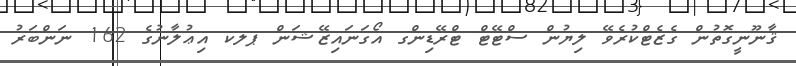
ޤާނޫނީގޮތުން ގެޒެޓްކުރެވޭ ލިޔުން ސްޓޭޓް ޓްރޭޑިންގ އޯގަނައިޒޭޝަން ޕލކ އިޢުލާނުގެ 162 ނަންބަރު